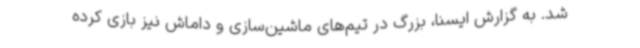
شد. به گزارش ایسنا، بزرگ در تیم‌های ماشین‌سازی و داماش نیز بازی کرده